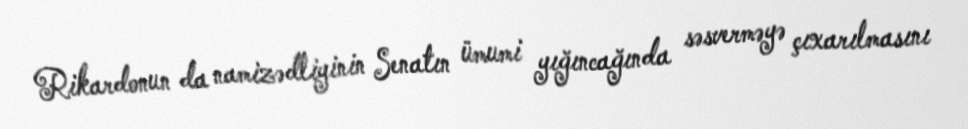
Rikardonun da namizədliyinin Senatın ümumi yığıncağında səsverməyə çıxarılmasını